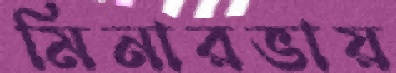
মিনারভায়